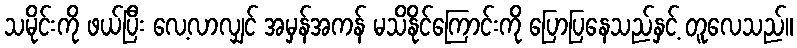
သမိုင်းကို ဖယ်ပြီး လေ့လာလျှင် အမှန်အကန် မသိနိုင်ကြောင်းကို ပြောပြနေသည်နှင့် တူလေသည်။